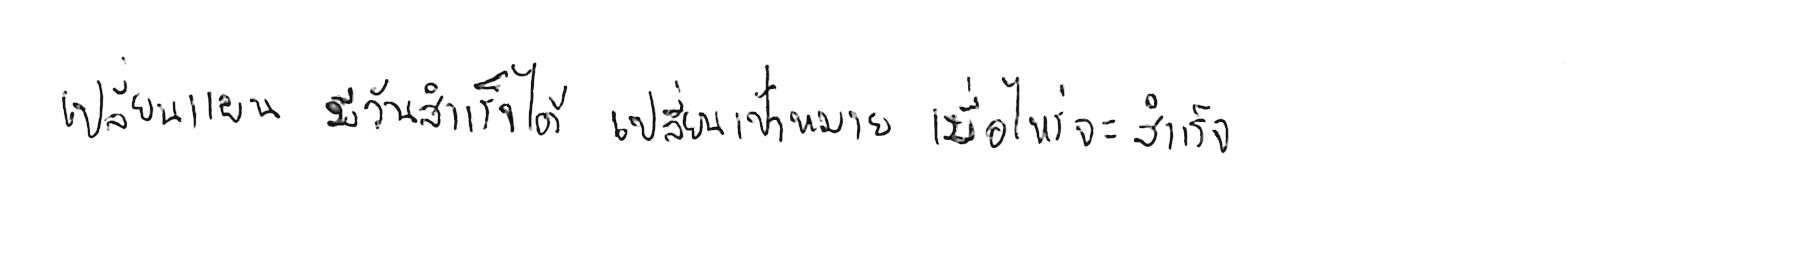
เปลี่ยนแผน มีวันสำเร็จได้ เปลี่ยนเป้าหมาย เมื่อไหร่จะสำเร็จ